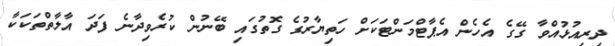
ދިރިއުޅުއްވާ ގޭގެ އެހެން އެޕާޓްމަންޓަކަށް ހަތިޔާރުގެ ގޮތުގައި ބޭނުން ކުރެވިދާނެ ފަދަ އާލާތްތަކަކާ